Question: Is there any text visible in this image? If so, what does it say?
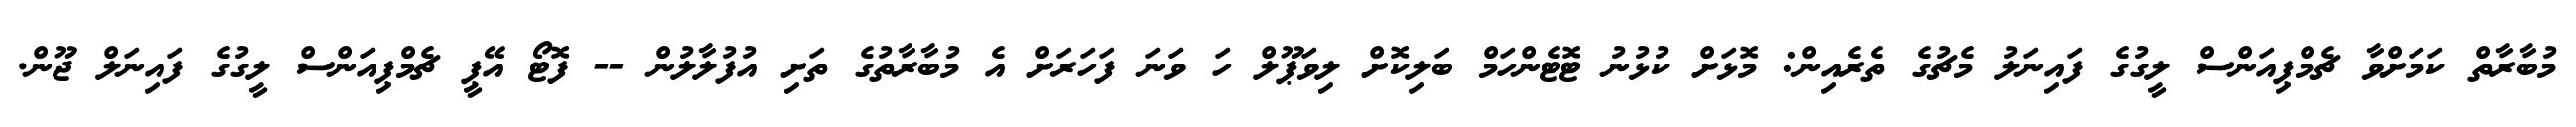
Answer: މުބާރާތް ކަމަށްވާ ޗެމްޕިއަންސް ލީގުގެ ފައިނަލު މެޗުގެ ތެރެއިން: މޮޅަށް ކުޅުނު ޓޮޓެންހަމް ބަލިކޮށް ލިވަޕޫލް ހަ ވަނަ ފަހަރަށް އެ މުބާރާތުގެ ތަށި އުފުލާލުން -- ފޮޓޯ އޭޕީ ޗެމްޕިއަންސް ލީގުގެ ފައިނަލް ޖޫން.